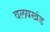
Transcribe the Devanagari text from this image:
वलयखंड